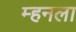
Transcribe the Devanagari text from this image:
म्हनला